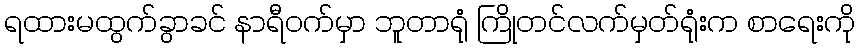
ရထားမထွက်ခွာခင် နာရီဝက်မှာ ဘူတာရုံ ကြိုတင်လက်မှတ်ရုံးက စာရေးကို